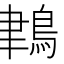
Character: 𪁀